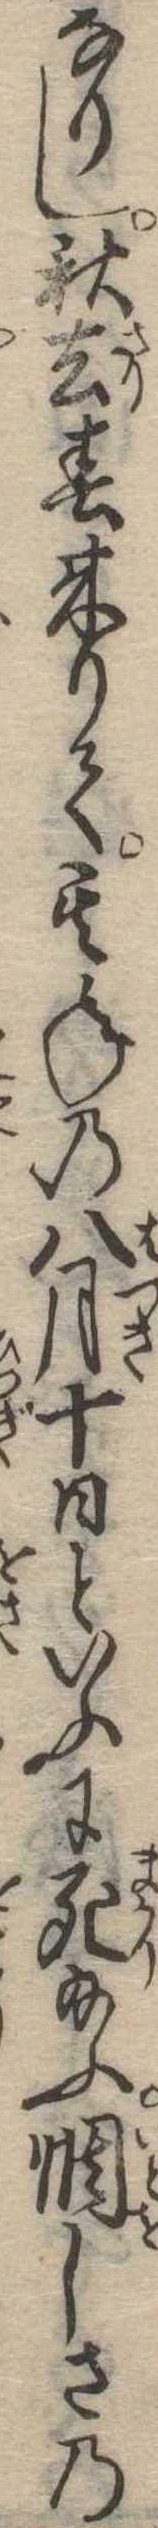
なりし秋去春来りて其年の八月十日といふに死給ふ惆しさの